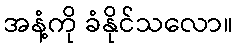
အနံ့ကို ခံနိုင်သလော။